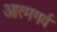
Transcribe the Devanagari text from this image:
आत्मगर्व